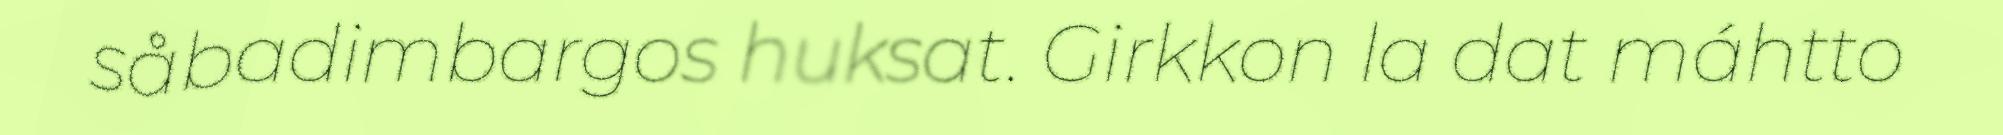
såbadimbargos huksat. Girkkon la dat máhtto